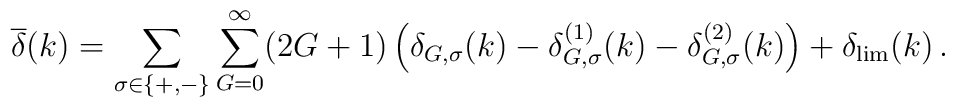
\overline{\delta}(k) =  \sum_{\sigma\in\{ +,- \}}\sum_{G=0}^\infty (2G+1)\left(\delta_{G,\sigma}(k) - \delta^{(1)}_{G,\sigma}(k) - \delta^{(2)}_{G,\sigma}(k) \right) + \delta_{\rm lim}(k) \, .